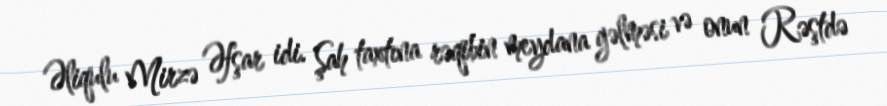
Əliqulu Mirzə Əfşar idi. Şah taxtına rəqibin meydana gəlməsi və onun Rəştdə